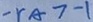
- r _ { A } > - 1